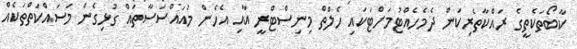
ކާބޯތަކެތީގެ ރައްކާތެރިކަން ދެމެހެއްޓުމަށްޓަކައި ހެލްތް މިނިސްޓްރީ އާއި އެހެން މުއައްސަސާތައް ގުޅިގެން މަސައްކަތްތަކެއް